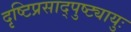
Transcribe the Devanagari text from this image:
दृष्टिप्रसाद्पुष्ट्यायुः